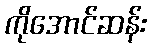
ကိုအောင်ဆန်း